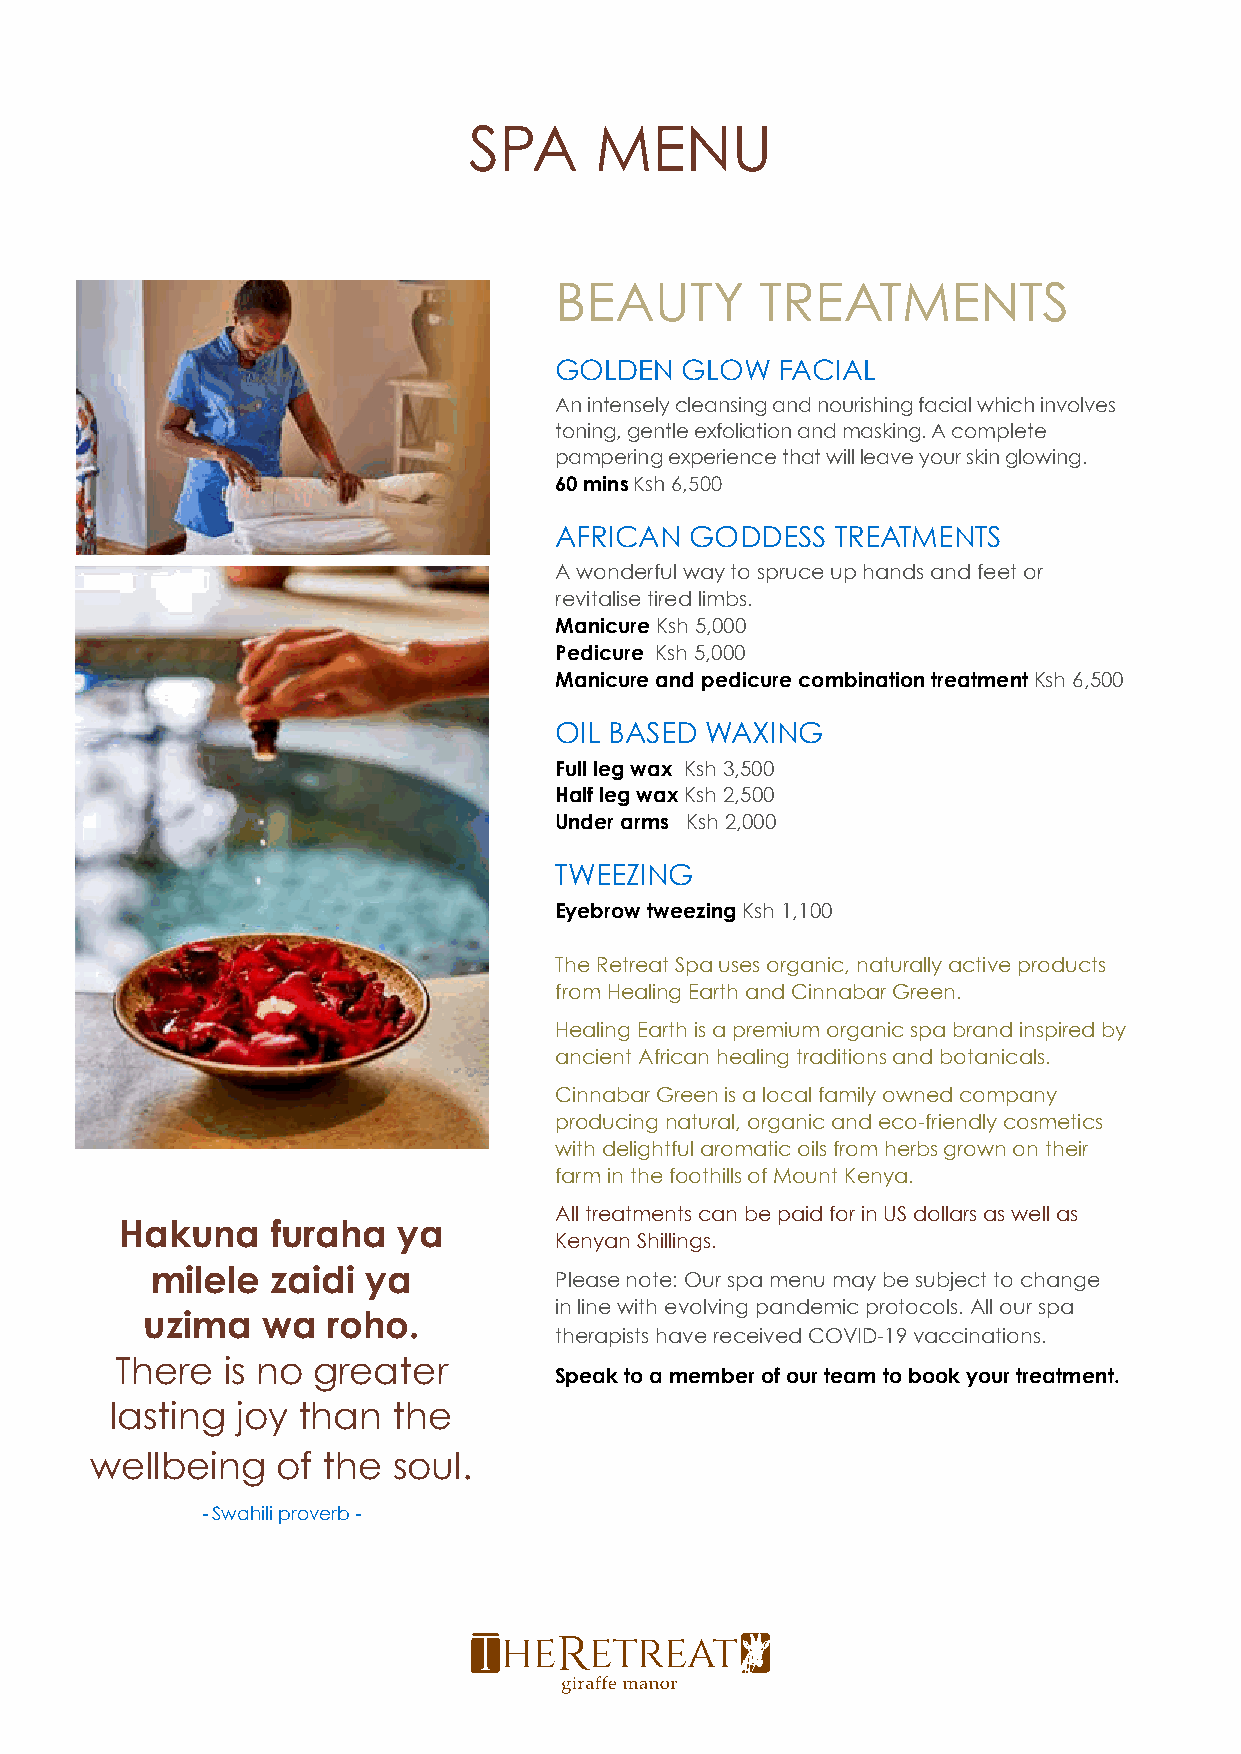
SPA     MENU
 BEAUTY       TREATMENTS
 GOLDEN  GLOW   FACIAL
 An intensely cleansing and nourishing facial which involves
 toning, gentle exfoliation and masking. A complete
 pampering experience that will leave your skin glowing.
 60 mins Ksh 6,500
 AFRICAN  GODDESS  TREATMENTS
 A wonderful way to spruce up hands and feet or
 revitalise tired limbs.
 Manicure Ksh 5,000
 Pedicure Ksh 5,000
 Manicure and pedicure combination treatment Ksh 6,500
 OIL BASED WAXING
 Full leg wax Ksh 3,500
 Half leg wax Ksh 2,500
 Under arms Ksh 2,000
 TWEEZING
 Eyebrow tweezing Ksh 1,100
 The Retreat Spa uses organic, naturally active products
 from Healing Earth and Cinnabar Green.
 Healing Earth is a premium organic spa brand inspired by
 ancient African healing traditions and botanicals.
 Cinnabar Green is a local family owned company
 producing natural, organic and eco-friendly cosmetics
 with delightful aromatic oils from herbs grown on their
 farm in the foothills of Mount Kenya.
 All treatments can be paid for in US dollars as well as
 Hakuna    furaha  ya
 Kenyan Shillings.
 milele  zaidi ya
 Please note: Our spa menu may be subject to change
 in line with evolving pandemic protocols. All our spa
 uzima   wa   roho.
 therapists have received COVID-19 vaccinations.
 There  is no greater
 Speak to a member of our team to book your treatment.
 lasting  joy than  the
 wellbeing   of the  soul.
 - Swahili proverb -